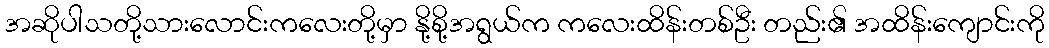
အဆိုပါသတို့သားလောင်းကလေးတို့မှာ နို့စို့အရွယ်က ကလေးထိန်းတစ်ဦး တည်း၏ အထိန်းကျောင်းကို